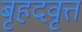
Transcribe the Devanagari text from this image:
बृहदवृत्त